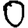
Digit: 0